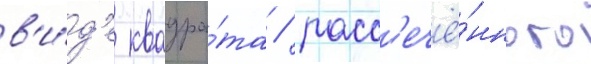
в'и́д'е квадра́та / расс'ечё́нного